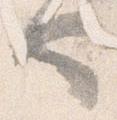
也